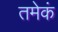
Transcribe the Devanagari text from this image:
तमेकं